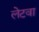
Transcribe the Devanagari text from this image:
लेटवा